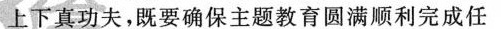
上下真功夫，既要确保主题教育圆满顺利完成任